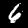
Label: 6